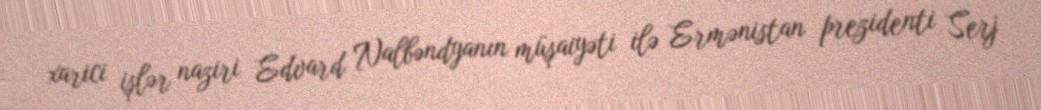
xarici işlər naziri Edvard Nalbəndyanın müşaiyəti ilə Ermənistan prezidenti Serj